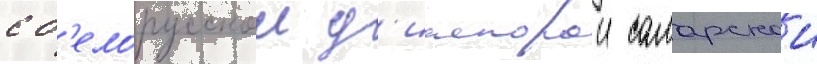
с б'елорусскои д'иаспорои самарскои